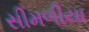
સીમળીયા